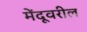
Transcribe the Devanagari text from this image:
मेंदूवरील